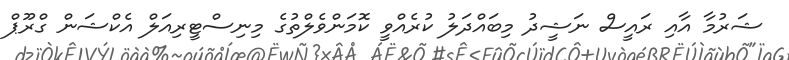
ޝަރުމާ އާއި ރައީސް ނަޝީދު މިބައްދަލު ކުރެއްވީ ކޮމަންވެލްތުގެ މިނިސްޓީރިއަލް އެކްޝަން ގްރޫޕް